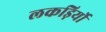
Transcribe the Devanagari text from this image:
लकड़िर्यो